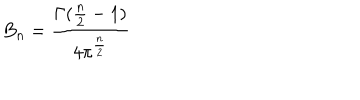
LaTeX: B _ { n } = \frac { \Gamma ( \frac { n } { 2 } - 1 ) } { 4 \pi ^ { \frac { n } { 2 } } }